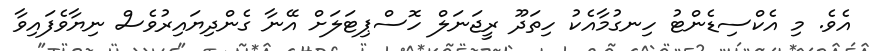
އެވެ. މި އެކްސިޑެންޓު ހިނގުމާއެކު ހިތަދޫ ރީޖަނަލް ހޮސްޕިޓަލަށް އޭނާ ގެންދިޔައިރުވެސް ނިޔާވެފައިވާ